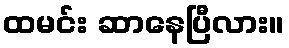
ထမင်း ဆာနေပြီလား။